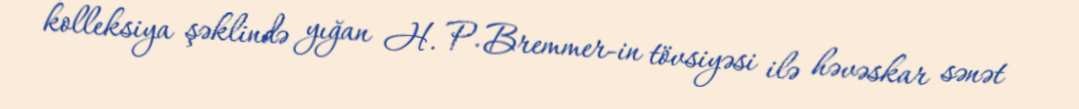
kolleksiya şəklində yığan H. P. Bremmer-in tövsiyəsi ilə həvəskar sənət